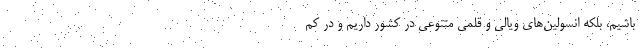
باشیم، بلکه انسولین‌های ویالی و قلمی متنوعی در کشور داریم و در کم